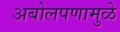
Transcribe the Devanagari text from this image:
अबोलपणामुळे